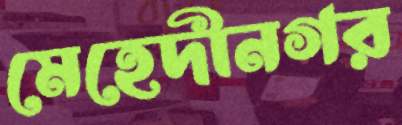
মেহেদীনগর